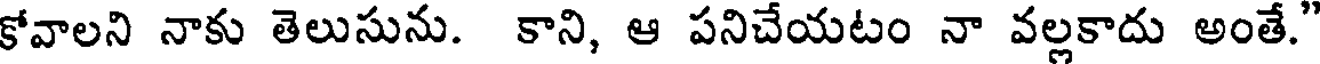
కోవాలని నాకు తెలుసును. కాని, ఆ పనిచేయటం నా వల్లకాదు అంతే."